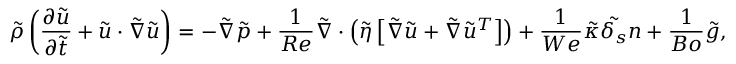
\Tilde { \rho } \left( \frac { \partial \boldsymbol { \Tilde { u } } } { \partial \Tilde { t } } + \boldsymbol { \Tilde { u } } \cdot \Tilde { \boldsymbol { \nabla } } \boldsymbol { \Tilde { u } } \right) = - \Tilde { \boldsymbol { \nabla } } \Tilde { p } + \frac { 1 } { R e } \Tilde { \boldsymbol { \nabla } } \cdot \left( \Tilde { \eta } \left[ \boldsymbol { \Tilde { \nabla } \Tilde { u } } + \boldsymbol { \Tilde { \nabla } \Tilde { u } ^ { T } } \right] \right) + \frac { 1 } { W e } \Tilde { \kappa } \Tilde { \delta _ { s } } \boldsymbol { n } + \frac { 1 } { B o } \boldsymbol { \Tilde { g } } ,